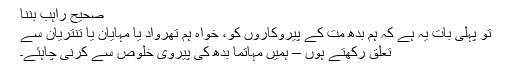
صحیح راہب بننا
تو پہلی بات یہ ہے کہ ہم بدھ مت کے پیروکاروں کو، خواہ ہم تھرواد یا مہایان یا تنتریان سے
تعلق رکھتے ہوں – ہمیں مہاتما بدھ کی پیروی خلوص سے کرنی چاہئے۔